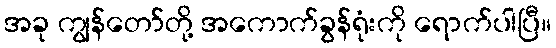
အခု ကျွန်တော်တို့ အကောက်ခွန်ရုံးကို ရောက်ပါပြီ။